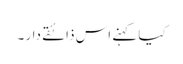
کیا کہنے اس ذائقے دار ۔